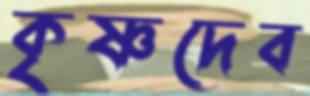
কৃষ্ণদেব